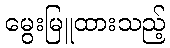
မွေးမြူထားသည့်